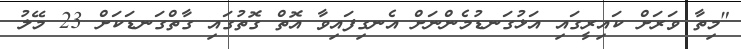
"މިތާ ވަރަށް ކައިރީގައި އަޅުގަނޑުމެންނަށް އެނގިފައިވާ އޮތް ގޮތުގައި ގާތްގަނޑަކަށް 23 މޭލު